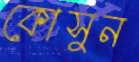
কোসুন